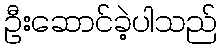
ဦးဆောင်ခဲ့ပါသည်